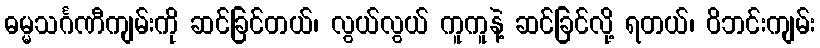
ဓမ္မသင်္ဂဏီကျမ်းကို ဆင်ခြင်တယ်၊ လွယ်လွယ် ကူကူနဲ့ ဆင်ခြင်လို့ ရတယ်၊ ဝိဘင်းကျမ်း